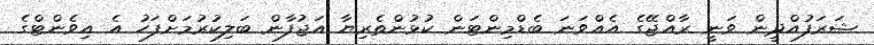
ޝަރަފުއްދީން ވަނީ ރާއްޖޭގެ އެއްވަނަ ބެޑްމިންޓަން ކުޅުންތެރިޔާ އަޖުފާން ބަލިކުރުމަށްފަހު އެ އިވެންޓްގެ